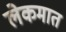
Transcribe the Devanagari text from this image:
लेकमात